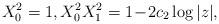
LaTeX: \begin{align*} X_0^2=1, X_0^2 X_1^2=1\!-\!2c_2\log\vert z\vert,\end{align*}